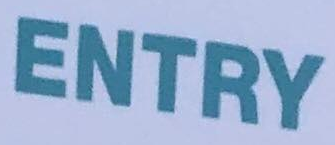
ENTRY